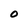
Character: O